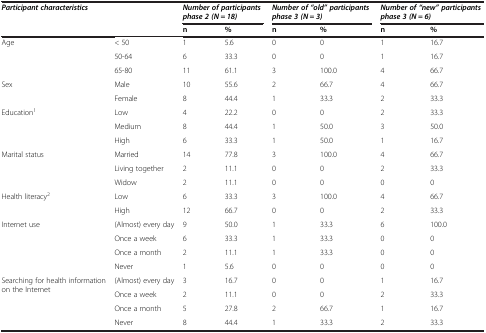
| Participant characteristics |  | <COLSPAN=2> Number of participants phase 2 (N = 18) | <COLSPAN=2> Number of “old” participants phase 3 (N = 3) | <COLSPAN=2> Number of “new” participants phase 3 (N = 6) |
 |  |  | n | % | n | % | n | % |
 | --- | --- | --- | --- | --- | --- | --- | --- |
 | <ROWSPAN=3> Age | < 50 | 1 | 5.6 | 0 | 0 | 1 | 16.7 |
 | 50-64 | 6 | 33.3 | 0 | 0 | 1 | 16.7 |
 | 65-80 | 11 | 61.1 | 3 | 100.0 | 4 | 66.7 |
 | <ROWSPAN=2> Sex | Male | 10 | 55.6 | 2 | 66.7 | 4 | 66.7 |
 | Female | 8 | 44.4 | 1 | 33.3 | 2 | 33.3 |
 | <ROWSPAN=3> Education1 | Low | 4 | 22.2 | 0 | 0 | 2 | 33.3 |
 | Medium | 8 | 44.4 | 1 | 50.0 | 3 | 50.0 |
 | High | 6 | 33.3 | 1 | 50.0 | 1 | 16.7 |
 | <ROWSPAN=3> Marital status | Married | 14 | 77.8 | 3 | 100.0 | 4 | 66.7 |
 | Living together | 2 | 11.1 | 0 | 0 | 2 | 33.3 |
 | Widow | 2 | 11.1 | 0 | 0 | 0 | 0 |
 | <ROWSPAN=2> Health literacy2 | Low | 6 | 33.3 | 3 | 100.0 | 4 | 66.7 |
 | High | 12 | 66.7 | 0 | 0 | 2 | 33.3 |
 | <ROWSPAN=4> Internet use | (Almost) every day | 9 | 50.0 | 1 | 33.3 | 6 | 100.0 |
 | Once a week | 6 | 33.3 | 1 | 33.3 | 0 | 0 |
 | Once a month | 2 | 11.1 | 1 | 33.3 | 0 | 0 |
 | Never | 1 | 5.6 | 0 | 0 | 0 | 0 |
 | <ROWSPAN=4> Searching for health information on the Internet | (Almost) every day | 3 | 16.7 | 0 | 0 | 1 | 16.7 |
 | Once a week | 2 | 11.1 | 0 | 0 | 2 | 33.3 |
 | Once a month | 5 | 27.8 | 2 | 66.7 | 1 | 16.7 |
 | Never | 8 | 44.4 | 1 | 33.3 | 2 | 33.3 |